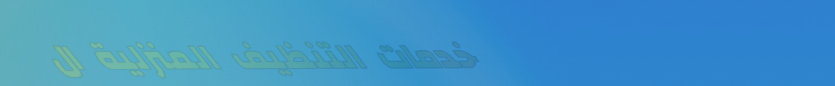
خدمات التنظيف المنزلية ال